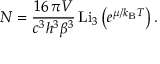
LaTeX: N = { \frac { 1 6 \, \pi V } { c ^ { 3 } h ^ { 3 } \beta ^ { 3 } } } \, \mathrm { L i } _ { 3 } \left( e ^ { \mu / k _ { \mathrm { { B } } } T } \right) .